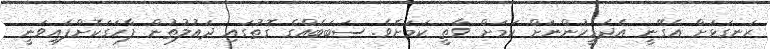
ރަނގަޅަށް އެގޭނީ އެދެމީހުންނަށް ކަމަށް ވާތީ ކަމަށެވެ. ސަބަބެއްގެ ގޮތުގައި ދައުލުތުން ފާހަގަކޮށްފައިވަނީ